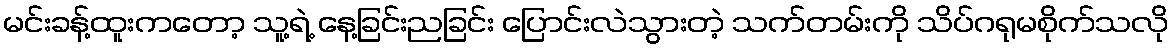
မင်းခန့်ထူးကတော့ သူ့ရဲ့ နေ့ခြင်းညခြင်း ပြောင်းလဲသွားတဲ့ သက်တမ်းကို သိပ်ဂရုမစိုက်သလို